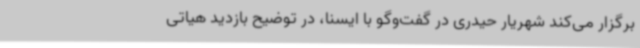
برگزار می‌کند شهریار حیدری در گفت‌وگو با ایسنا، در توضیح بازدید هیاتی